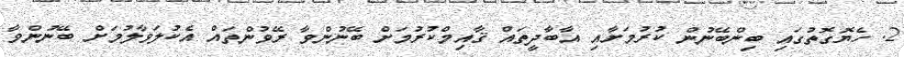
2. ހެޔޮގޮތުގައި ބިންބޭނުން ކުރުމަށާއި އާބާދީތައް ޤާއިމްކުރުމަށް ބޭނުންވާ ރޭވުންތައް އެކުލަވާލުމަށް ބޭނުންވާ